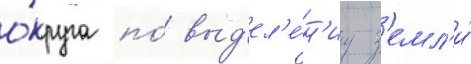
о́круга по́ выд'ел'е́н'иу з'емл'и́